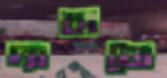
দাবাতে